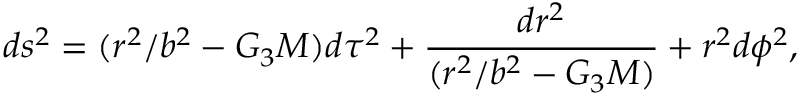
d s ^ { 2 } = ( r ^ { 2 } / b ^ { 2 } - G _ { 3 } M ) d \tau ^ { 2 } + { \frac { d r ^ { 2 } } { ( r ^ { 2 } / b ^ { 2 } - G _ { 3 } M ) } } + r ^ { 2 } d \phi ^ { 2 } ,